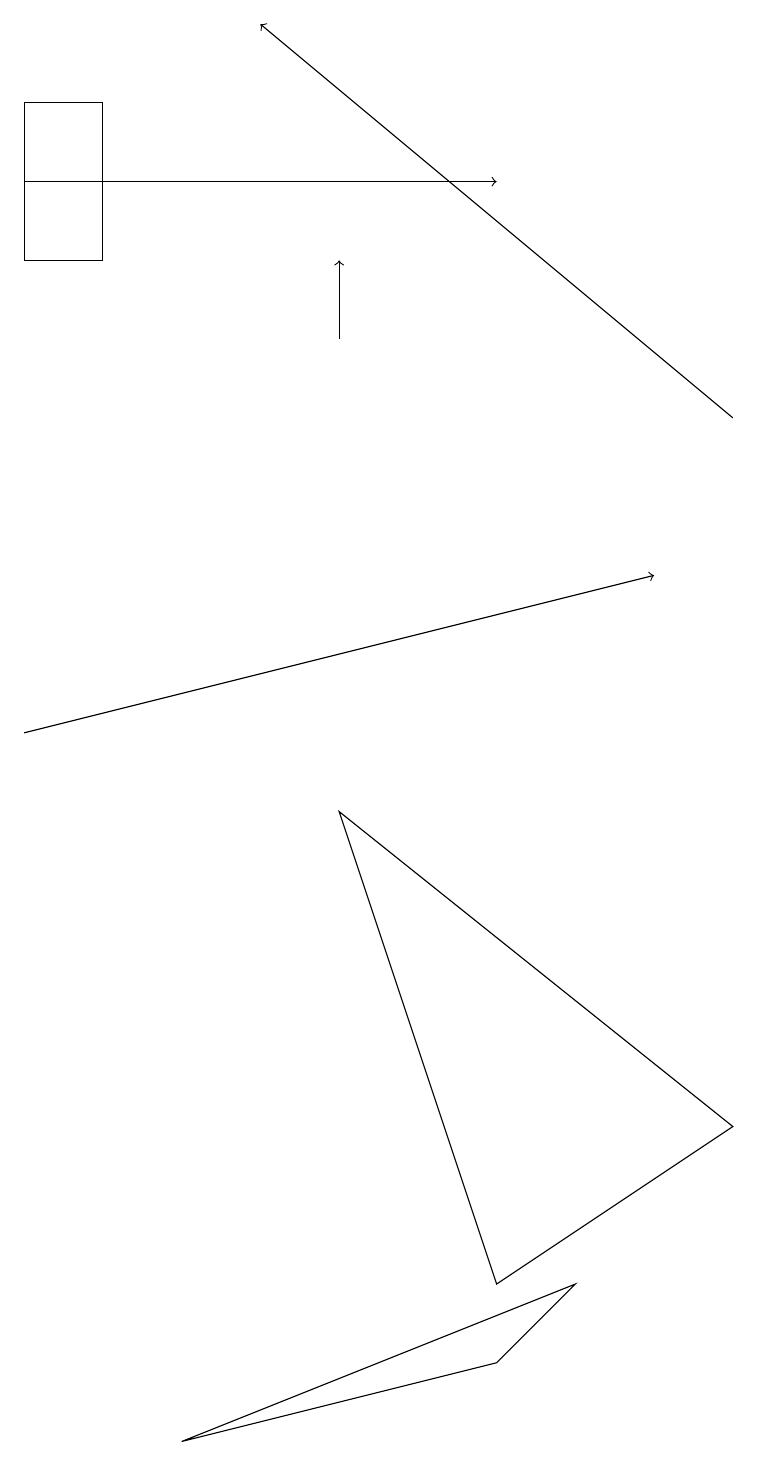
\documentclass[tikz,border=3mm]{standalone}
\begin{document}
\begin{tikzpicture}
\draw[->] (0,17) -- (6,17);
\draw[->] (4,15) -- (4,16);
\draw (9,5) -- (4,9) -- (6,3) -- cycle;
\draw (2,1) -- (7,3) -- (6,2) -- cycle;
\draw (0,16) rectangle (1,18);
\draw[->] (9,14) -- (3,19);
\draw[->] (0,10) -- (8,12);
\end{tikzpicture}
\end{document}